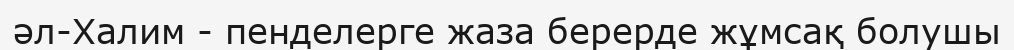
әл-Халим - пенделерге жаза берерде жұмсақ болушы